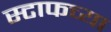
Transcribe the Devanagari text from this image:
स्टाफच्या